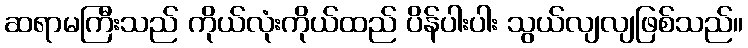
ဆရာမကြီးသည် ကိုယ်လုံးကိုယ်ထည် ပိန်ပါးပါး သွယ်လျလျဖြစ်သည်။